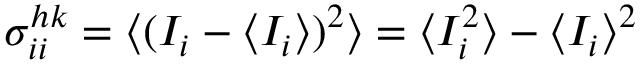
\sigma _ { i i } ^ { h k } = \big \langle ( I _ { i } - \langle I _ { i } \rangle ) ^ { 2 } \big \rangle = \langle I _ { i } ^ { 2 } \rangle - \langle I _ { i } \rangle ^ { 2 }